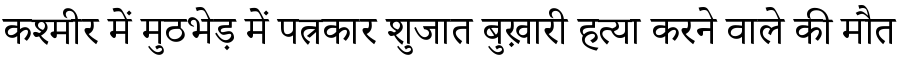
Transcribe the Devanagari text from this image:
कश्मीर में मुठभेड़ में पत्रकार शुजात बुख़ारी हत्या करने वाले की मौत